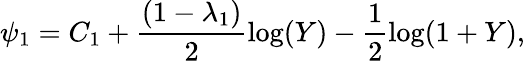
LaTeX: \psi_{1}=C_{1}+\frac{(1-\lambda_{1})}{2}\log(Y)-\frac{1}{2}\log(1+Y),